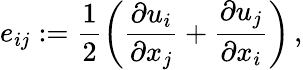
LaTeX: e_{ij}:=\frac{1}{2}\left(\frac{\partial{u_{i}}}{\partial{x_{j}}}+\frac{\partial{u_{j}}}{\partial{x_{i}}}\right)\, ,